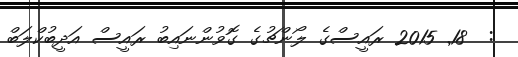
:  18